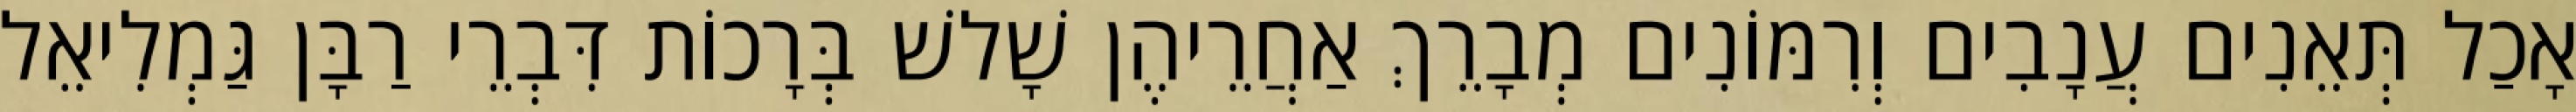
אָכַל תְּאֵנִים עֲנָבִים וְרִמּוֹנִים מְבָרֵךְ אַחֲרֵיהֶן שָׁלשׁ בְּרָכוֹת דִּבְרֵי רַבָּן גַּמְלִיאֵל